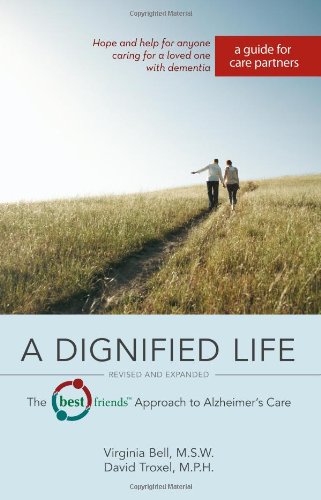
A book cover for A Dignified Life: The Best Friends(TM) Approach to Alzheimer's Care:  A Guide for Care Partners; Virginia Bell  MSW; Parenting & Relationships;